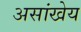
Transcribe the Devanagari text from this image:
असांखेय